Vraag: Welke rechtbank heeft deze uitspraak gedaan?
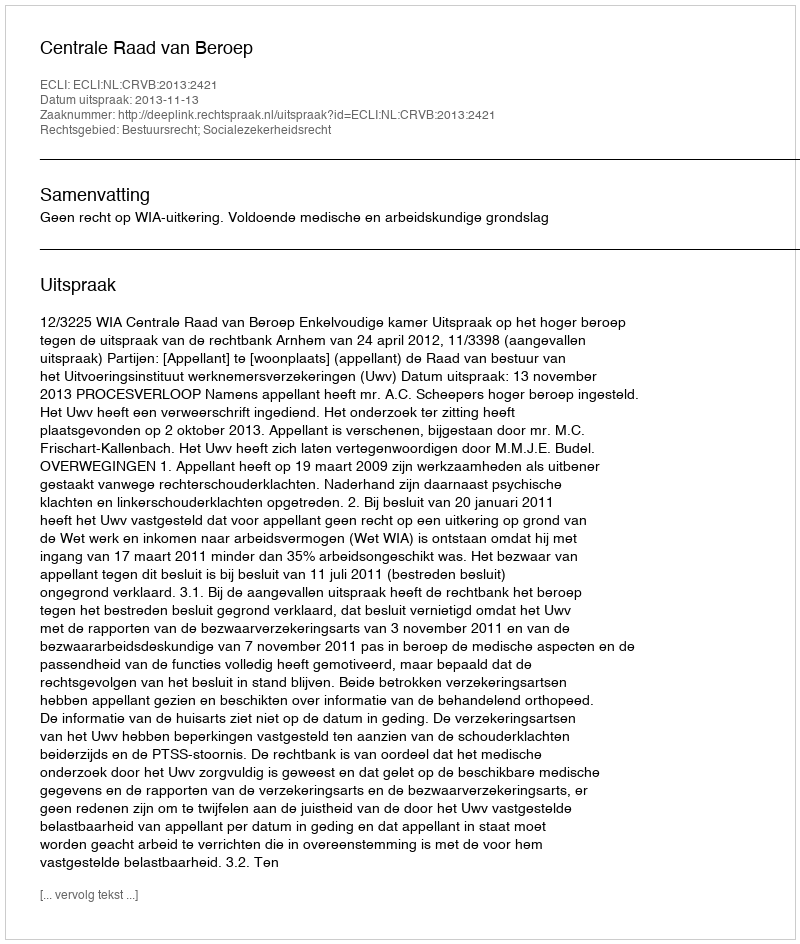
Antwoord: Centrale Raad van Beroep